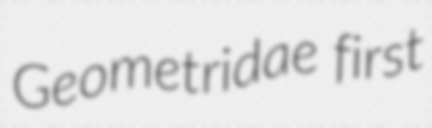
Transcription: Geometridae first